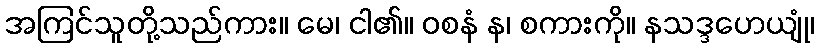
အကြင်သူတို့သည်ကား။ မေ၊ ငါ၏။ ဝစနံ န၊ စကားကို။ နသဒ္ဒဟေယျုံ၊